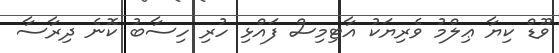
ވޫޑް ކިޔާ ޢިލްމު ވެރިޔަކު އާޓިމިސް ފައްޅި ހުރި ހިސާބު ކޮނެ ދިރާސާ